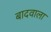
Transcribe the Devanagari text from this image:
बादवाला